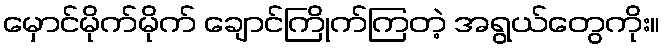
မှောင်မိုက်မိုက် ချောင်ကြိုက်ကြတဲ့ အရွယ်တွေကိုး။